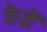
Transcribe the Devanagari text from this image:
केळें